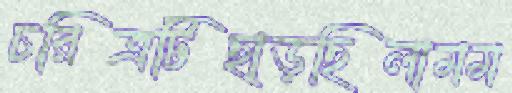
চরিত্রটিছাড়ছিলামম